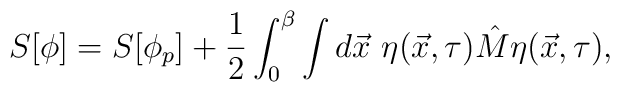
S[\phi ] = S[\phi_p] + \frac{1}{2} \int_0^{\beta} \int d\vec{x} \,\,\eta (\vec{x},\tau ) \hat{M} \eta (\vec{x},\tau ),